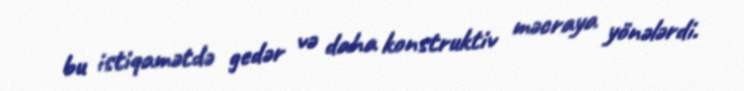
bu istiqamətdə gedər və daha konstruktiv məcraya yönələrdi.